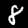
Label: 8